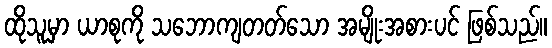
ထိုသူမှာ ယာစုကို သဘောကျတတ်သော အမျိုးအစားပင် ဖြစ်သည်။